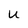
Character: u